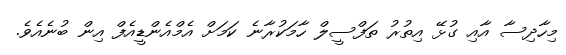
މިހާދިސާ އާއި ގުޅޭ އިތުރު ތަފްސީލް ހާމަކުރާނެ ކަމަށް އެމްއެންޑީއެފް އިން ބުނެއެވެ.